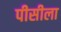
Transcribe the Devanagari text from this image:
पीसीला